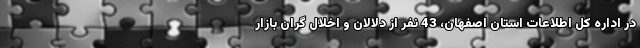
در اداره کل اطلاعات استان اصفهان، 43 نفر از دلالان و اخلال گران بازار